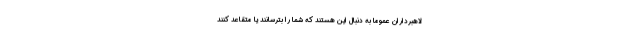
لاهبرداران عموما به دنبال این هستند که شما را بترسانند یا متقاعد کنند